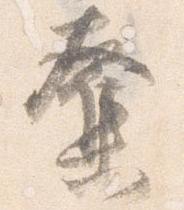
奪